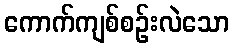
ကောက်ကျစ်စဉ်းလဲသော